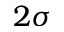
2 \sigma